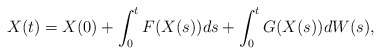
\begin{align*}X(t) = X(0) + \int_0^t F(X(s)) ds + \int_0^t G(X(s)) dW(s),\end{align*}